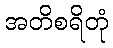
အတိစရိတုံ